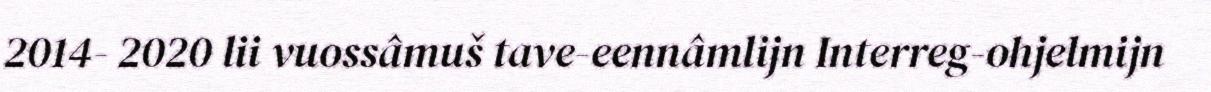
2014- 2020 lii vuossâmuš tave-eennâmlijn Interreg-ohjelmijn